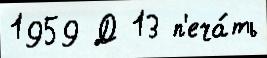
1959 Д 13 п'еча́ть